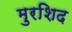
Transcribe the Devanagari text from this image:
मुरशिद